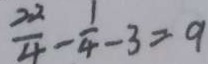
\frac { 2 2 } { 4 } - \frac { 1 } { 4 } - 3 = 9